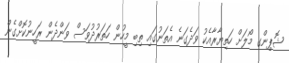
ޝޮޕިންގ މޯލަށް ހަތިޔާރާއެކު ވަދެގަނެ އެތަނުގައި ތިބި މީހުން ހަތަރުދުވަސް ވަންދެން ރަހީނުކޮށްގެން